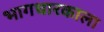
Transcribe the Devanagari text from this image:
भागधारकाला